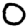
Digit: 0